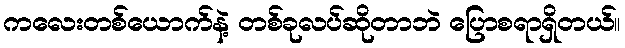
ကလေးတစ်ယောက်နဲ့ တစ်ခုလပ်ဆိုတာဘဲ ပြောစရာရှိတယ်။